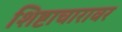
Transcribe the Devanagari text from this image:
शिष्टाचारावर